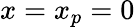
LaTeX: x=x_{p}=0